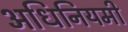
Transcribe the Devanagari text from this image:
अधिनियमी